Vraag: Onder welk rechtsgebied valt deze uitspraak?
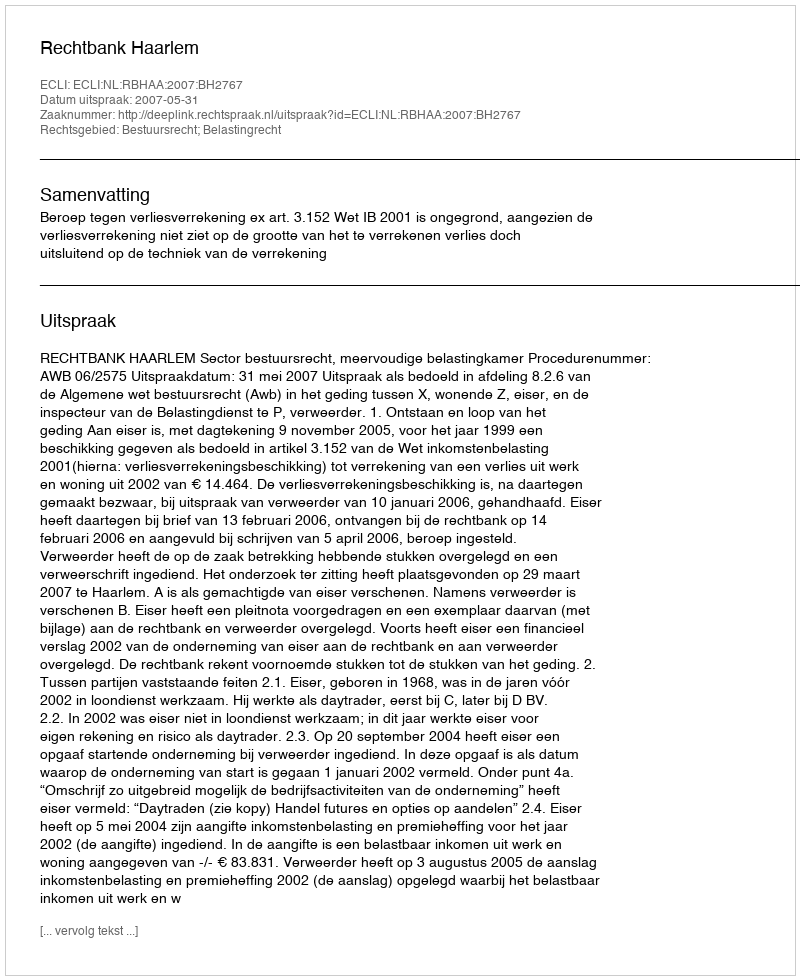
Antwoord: Bestuursrecht; Belastingrecht